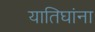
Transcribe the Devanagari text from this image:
यातिघांना